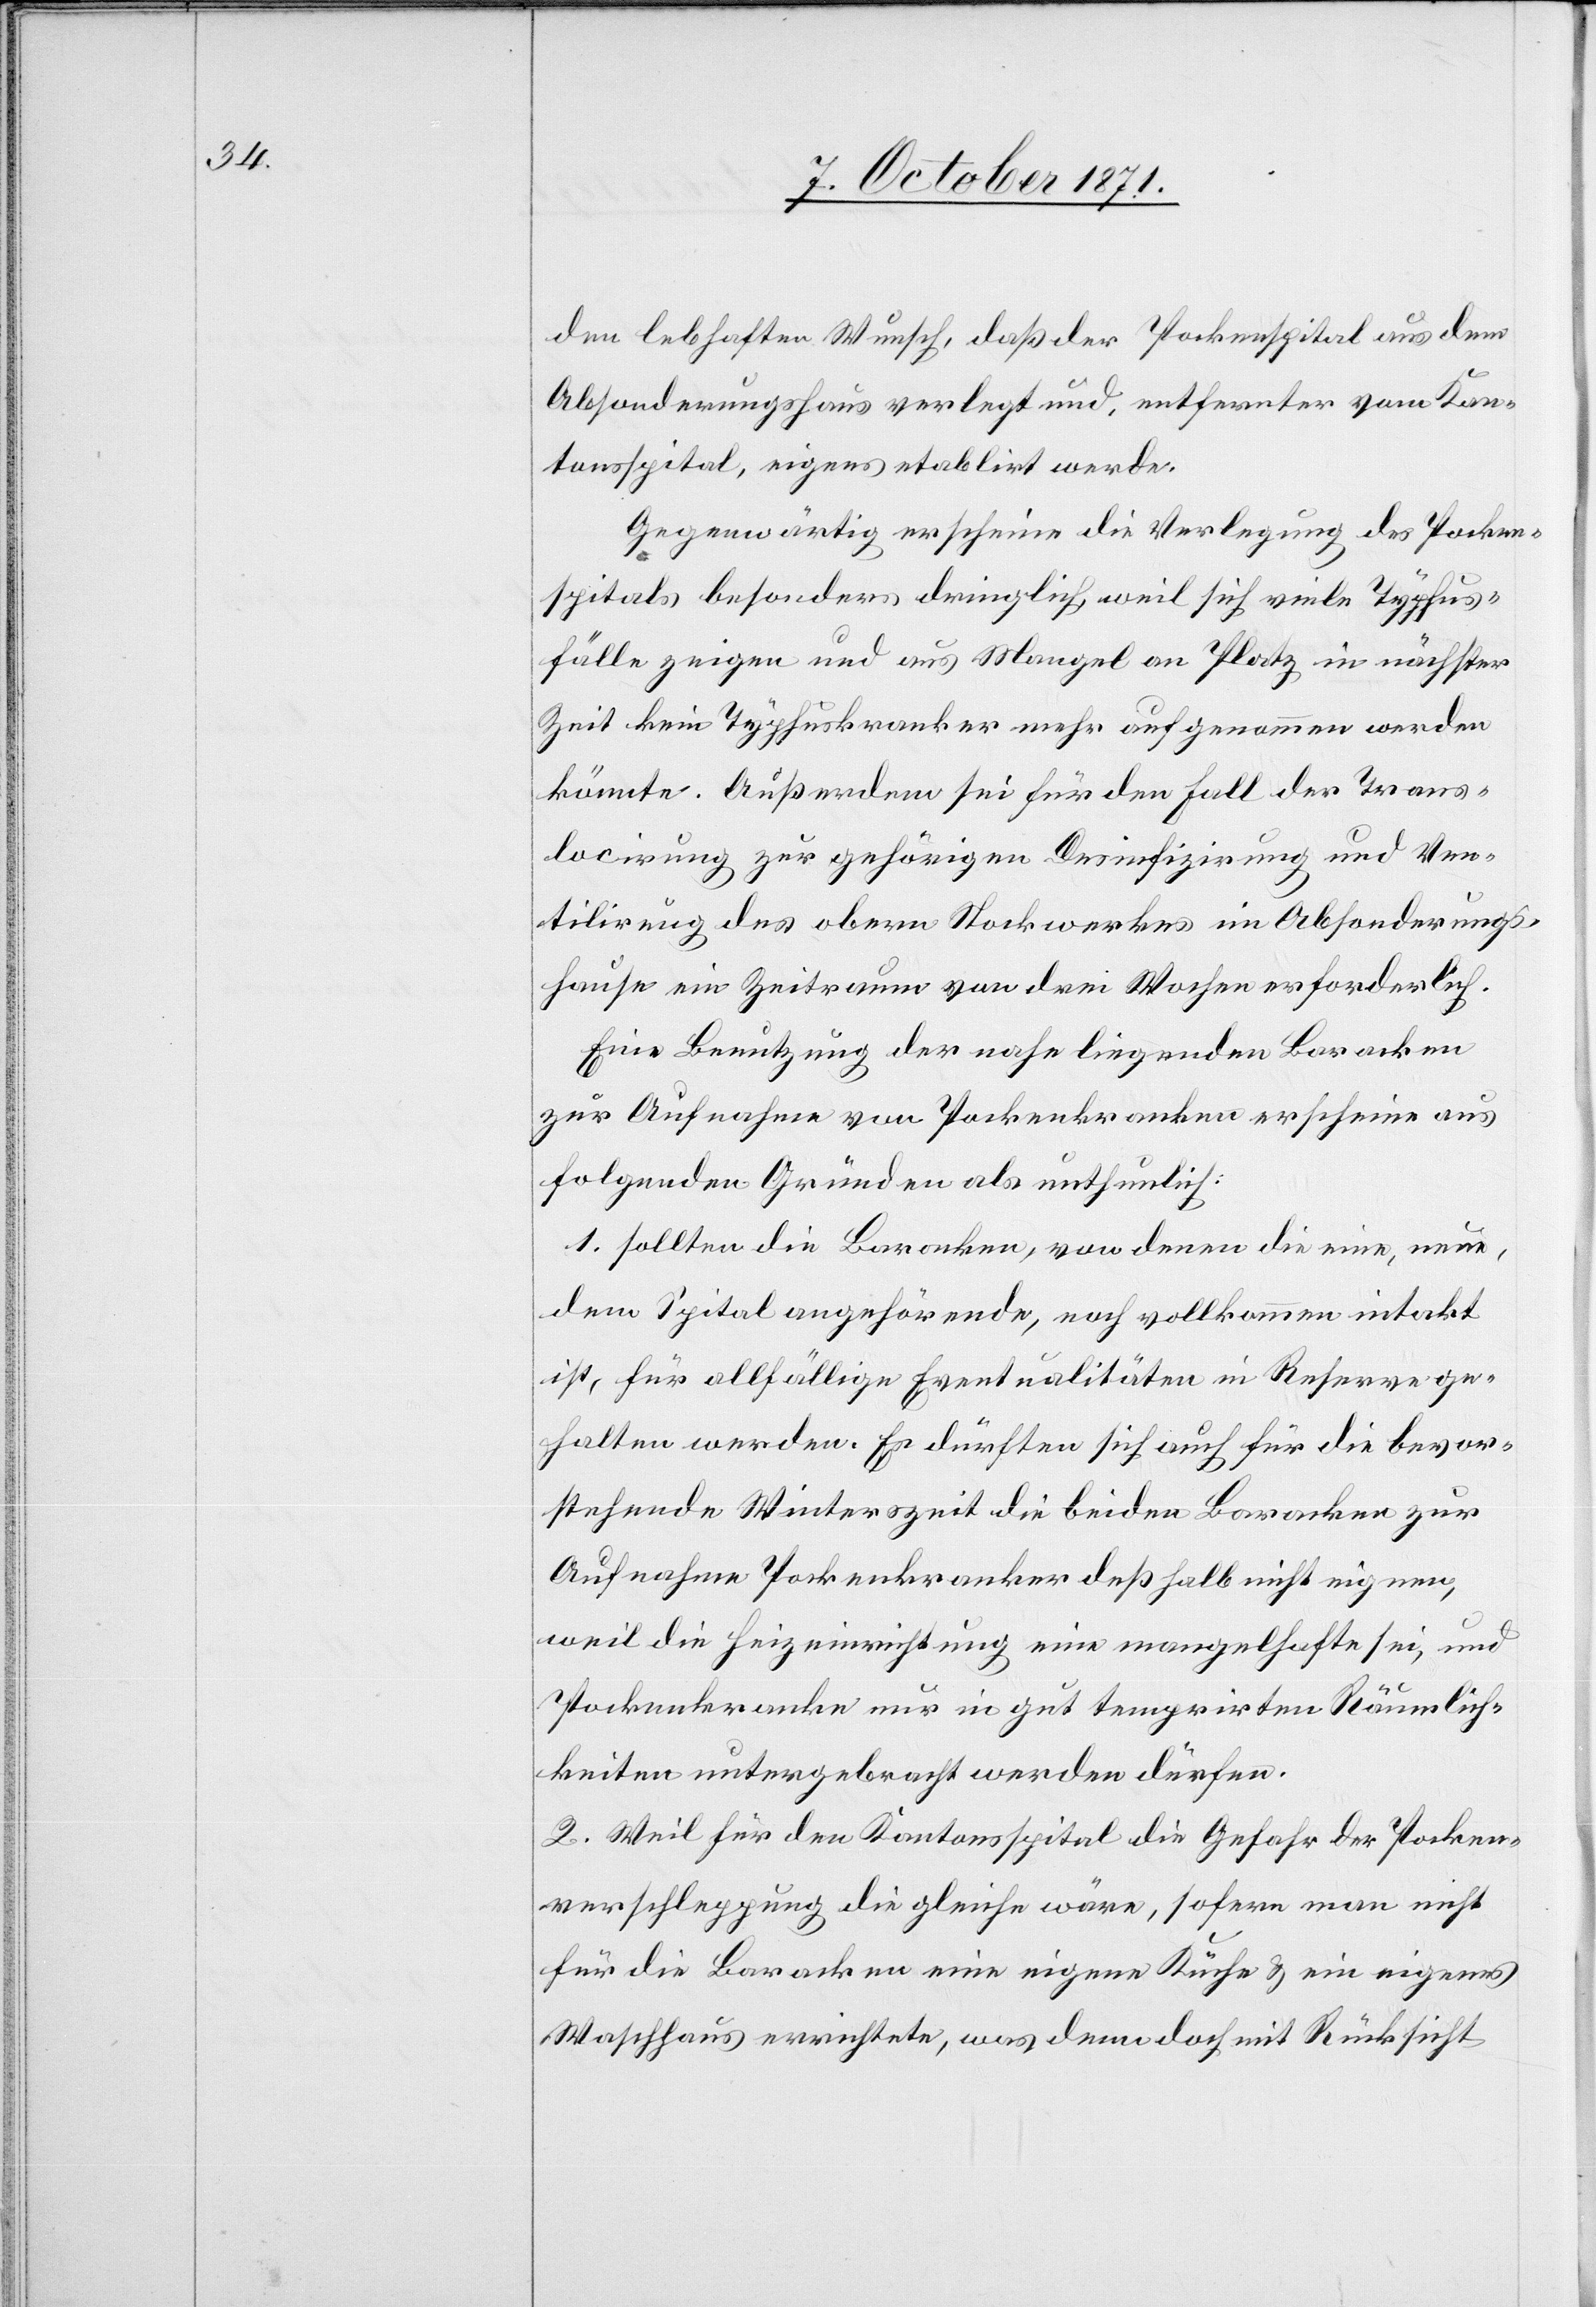
den lebhaften Wunsch, daß der Pockenspital aus dem
Absonderungshaus verlegt und, entfernter vom Kan¬
tonsspital, eigens etablirt werde.
Gegenwärtig erscheine die Verlegung des Pocken¬
spitals besonders dringlich weil sich viele Typhus¬
fälle zeigen und aus Mangel an Platz in nächster
Zeit kein Typhuskranker mehr aufgenommen werden
könnte. Außerdem sei für den Fall der Trans¬
locirung zur gehörigen Desinfizirung und Ven¬
tilirung des obern Stockwerkes im Absonderungs¬
hause ein Zeitraum von drei Wochen erforderlich.
Eine Benutzung der nahe liegenden Baracken
zur Aufnahme von Pockenkranken erscheine aus
folgenden Gründen als unthunlich:
1. sollten die Baracken, von denen die eine, neue,
dem Spital angehörende, noch vollkommen intakt
ist, für allfällige Eventualitäten in Reserve ge¬
halten werden. Es dürften sich auch für die bevor¬
stehende Winterzeit die beiden Baracken zur
Aufnahme Pockenkranker deßhalb nicht eignen,
weil die Heizeinrichtung eine mangelhafte sei, und
Pockenkranke nur in gut temprirten Räumlich¬
keiten untergebracht werden dürfen.
2. Weil für den Kantonsspital die Gefahr der Pocken¬
verschleppung die gleiche wäre, sofern man nicht
für die Baracken eine eigene Küche & ein eigenes
Waschhaus errichte, was denn doch mit Rücksicht